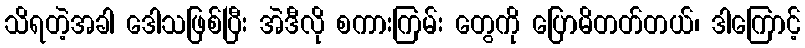
သိရတဲ့အခါ ဒေါသဖြစ်ပြီး အဲဒီလို စကားကြမ်း တွေကို ပြောမိတတ်တယ်၊ ဒါကြောင့်